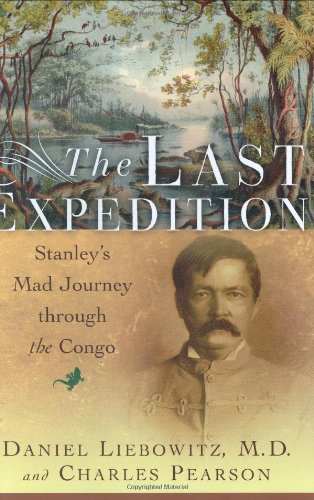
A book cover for The Last Expedition: Stanley's Mad Journey Through the Congo; Charles Pearson; Travel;